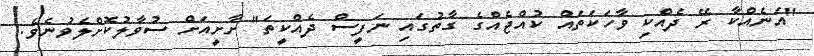
"އަނެއްކާ ރޭ ދެއްކި ވާހަކަތައް ކުއްޖެއްގެ ގާތުގައި ނަފީސް ދެއްކީތަ" ށާށީއަށް ސުވާލުކޮށްލެވުނެވެ.